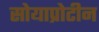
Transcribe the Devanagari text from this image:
सोयाप्रोटीन